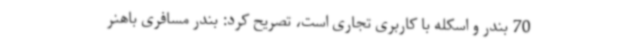
70 بندر و اسکله با کاربری تجاری است، تصریح کرد: بندر مسافری باهنر